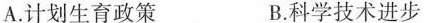
A.计划生育政策 B.科学技术进步